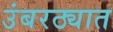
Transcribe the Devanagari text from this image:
उंबरठ्यात